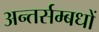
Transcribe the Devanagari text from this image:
अन्तर्सम्बधों